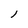
Character: l